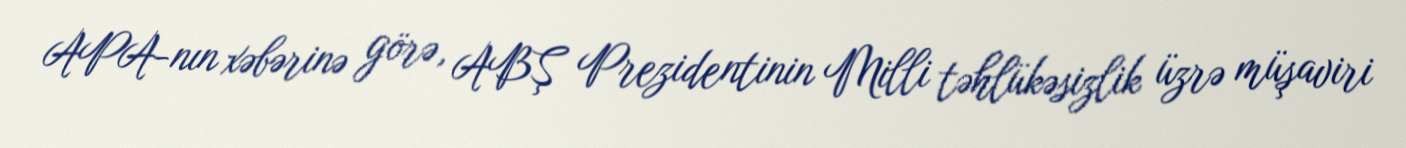
APA-nın xəbərinə görə, ABŞ Prezidentinin Milli təhlükəsizlik üzrə müşaviri